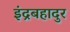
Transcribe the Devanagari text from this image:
इंद्रबहादुर